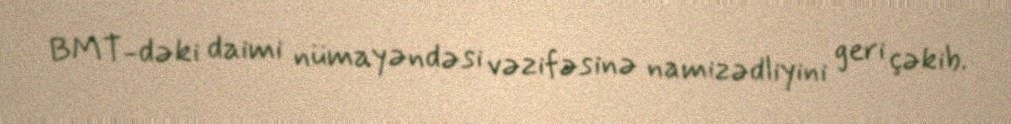
BMT-dəki daimi nümayəndəsi vəzifəsinə namizədliyini geri çəkib.